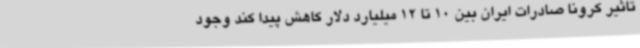
تاثیر کرونا صادرات ایران بین 10 تا 12 میلیارد دلار کاهش پیدا کند وجود